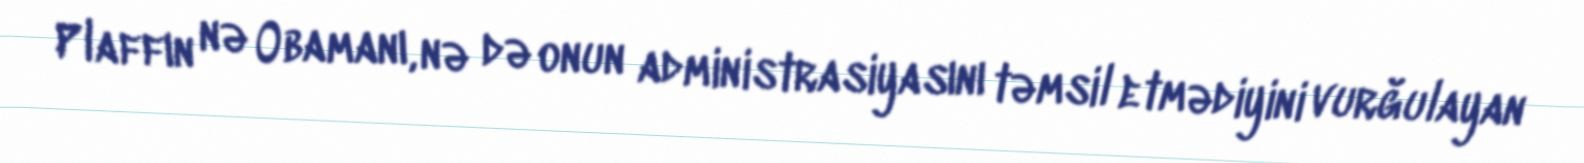
Plaffın nə Obamanı, nə də onun administrasiyasını təmsil etmədiyini vurğulayan